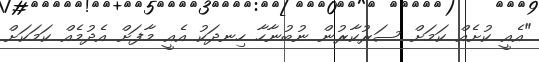
"އެއީ ކުށެއް ކަމަށް ސަރުކާރުން ނުބުނާހާ ހިނދަކު އެއީ މާފަށް އެދުމެއް ކަމަކަށް